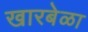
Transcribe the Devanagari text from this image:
खारबेळा